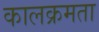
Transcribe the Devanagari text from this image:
कालक्रमता